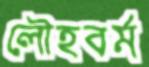
লৌহবর্ম